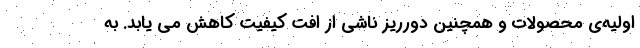
اولیه‌ی محصولات و همچنین دورریز ناشی از افت کیفیت کاهش می یابد. به